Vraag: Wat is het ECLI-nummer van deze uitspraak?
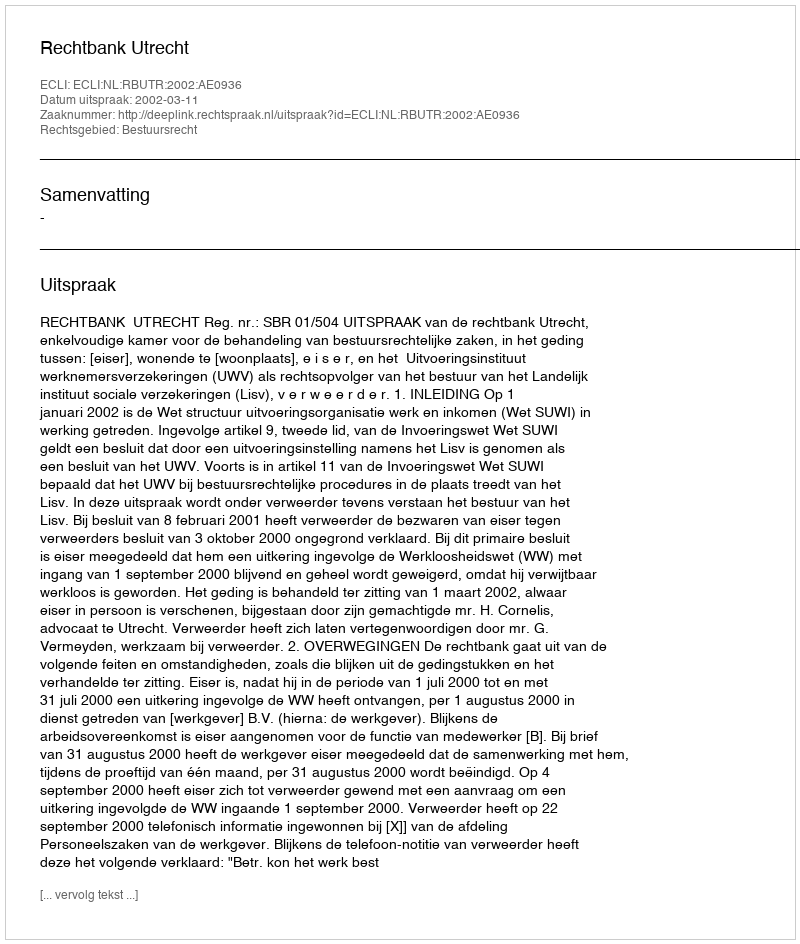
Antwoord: ECLI:NL:RBUTR:2002:AE0936